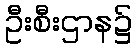
ဦးစီးဌာန၌